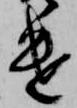
遣